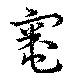
竈